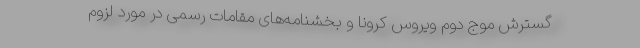
گسترش موج دوم ویروس کرونا و بخشنامه‌های مقامات رسمی در مورد لزوم